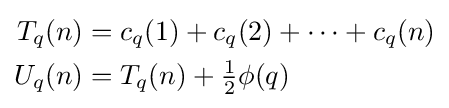
{\begin{aligned}T_{q}(n)&=c_{q}(1)+c_{q}(2)+\cdots +c_{q}(n)\\U_{q}(n)&=T_{q}(n)+{\tfrac {1}{2}}\phi (q)\end{aligned}}